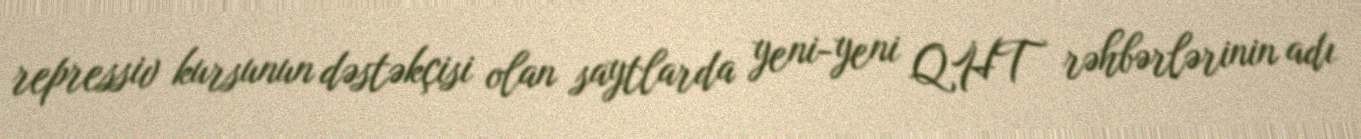
repressiv kursunun dəstəkçisi olan saytlarda yeni-yeni QHT rəhbərlərinin adı